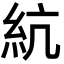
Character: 䋁